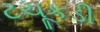
ટચૂકડી